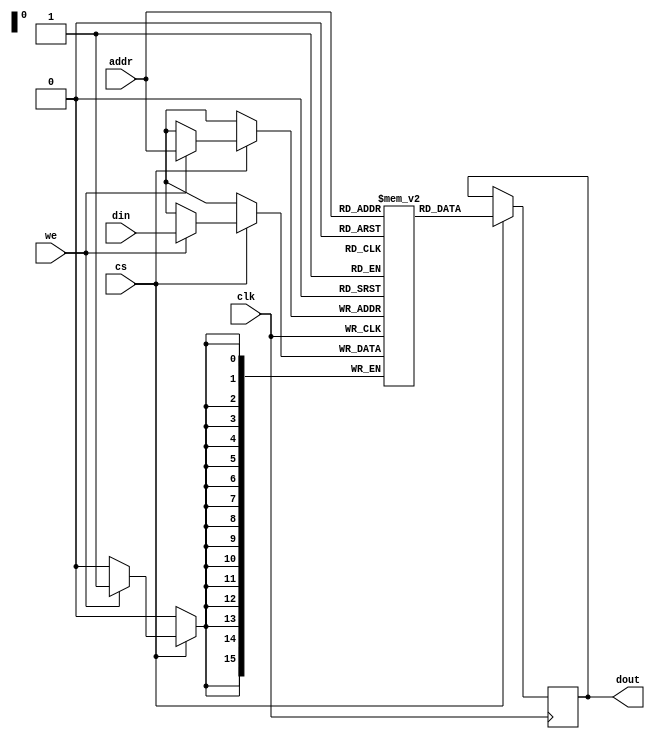
/*
    Module: ram_sync - Synchronous RAM module.

    Module parameters:
        ADDR_WIDTH - number of address bits (default = 16)
        DATA_WIDTH - number of data bits (default = 16)
    
    The dout register and its assignment from the memory array will cause
    the compiler to use block RAM instead of discreet logic.
    
*/

module RAM_sync(clk, addr, din, cs, dout, we);
  
    parameter ADDR_WIDTH = 16;
    parameter DATA_WIDTH = 16;
  
    input  clk;		                    // clock
    input  [ADDR_WIDTH-1:0] addr;       // address
    input  [DATA_WIDTH-1:0] din;        // input data
    input  cs;                          // chip select - active hi
    input  we;		                    // write enable - active low

    output reg [DATA_WIDTH-1:0] dout;   // output data latch

    reg [DATA_WIDTH-1:0] mem [0:(1<<ADDR_WIDTH)-1];  // memory array

    always @(posedge clk) begin
        if (cs) begin
            if (we)
                mem[addr] <= din;
            dout <= mem[addr];
        end
    end

endmodule